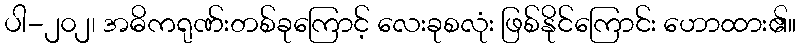
ပါ-၂၀၂၊ အဓိကရုဏ်းတစ်ခုကြောင့် လေးခုစလုံး ဖြစ်နိုင်ကြောင်း ဟောထား၏။